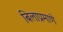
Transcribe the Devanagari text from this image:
बिलाप्रमाणे